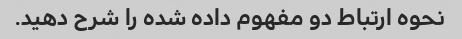
نحوه ارتباط دو مفهوم داده شده را شرح دهید.